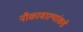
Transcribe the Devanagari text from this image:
नौकावाल्यांकडे